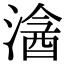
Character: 𣻦